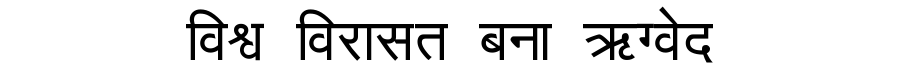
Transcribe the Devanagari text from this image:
विश्व विरासत बना ऋग्वेद